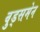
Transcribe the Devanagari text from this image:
वुड्समेन